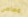
مصاصى